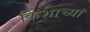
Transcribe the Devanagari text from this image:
किशाच्या